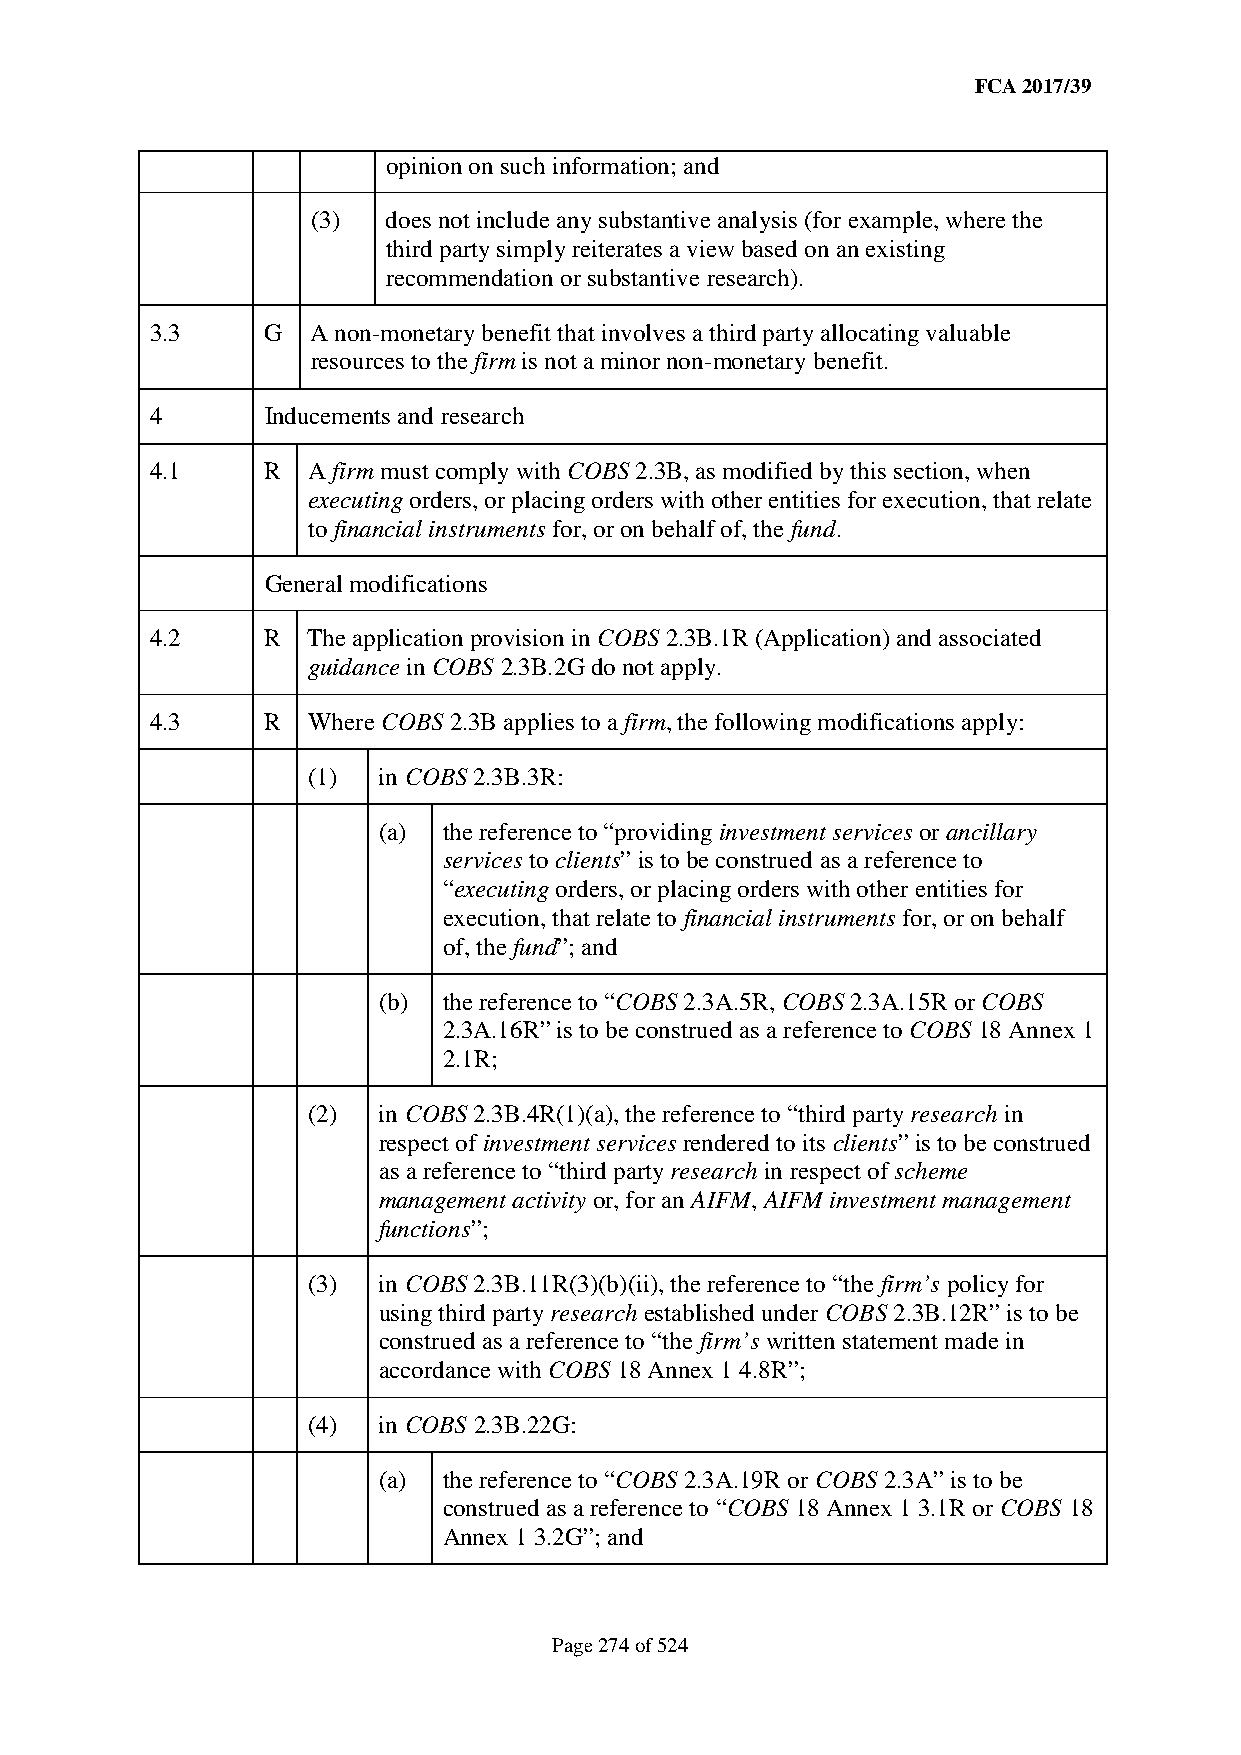
FCA 2017/39
 opinion on such information; and
 (3)  does not include any substantive analysis (for example, where the
 third party simply reiterates a view based on an existing
 recommendation or substantive research).
 3.3     G  A non-monetary benefit that involves a third party allocating valuable
 resources to the firm is not a minor non-monetary benefit.
 4       Inducements and research
 4.1     R A firm must comply with COBS 2.3B, as modified by this section, when
 executing orders, or placing orders with other entities for execution, that relate
 to financial instruments for, or on behalf of, the fund.
 General modifications
 4.2     R The application provision in COBS 2.3B.1R (Application) and associated
 guidance in COBS 2.3B.2G do not apply.
 4.3     R Where COBS 2.3B applies to a firm, the following modifications apply:
 (1)  in COBS 2.3B.3R:
 (a) the reference to “providing investment services or ancillary
 services to clients” is to be construed as a reference to
 “executing orders, or placing orders with other entities for
 execution, that relate to financial instruments for, or on behalf
 of, the fund”; and
 (b) the reference to “COBS 2.3A.5R, COBS 2.3A.15R or COBS
 2.3A.16R” is to be construed as a reference to COBS 18 Annex 1
 2.1R;
 (2)  in COBS 2.3B.4R(1)(a), the reference to “third party research in
 respect of investment services rendered to its clients” is to be construed
 as a reference to “third party research in respect of scheme
 management activity or, for an AIFM, AIFM investment management
 functions”;
 (3)  in COBS 2.3B.11R(3)(b)(ii), the reference to “the firm’s policy for
 using third party research established under COBS 2.3B.12R” is to be
 construed as a reference to “the firm’s written statement made in
 accordance with COBS 18 Annex 1 4.8R”;
 (4)  in COBS 2.3B.22G:
 (a) the reference to “COBS 2.3A.19R or COBS 2.3A” is to be
 construed as a reference to “COBS 18 Annex 1 3.1R or COBS 18
 Annex 1 3.2G”; and
 Page 274 of 524